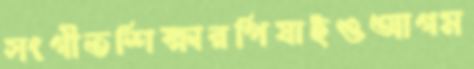
সংগীতশিক্ষারপিষাইওআগম